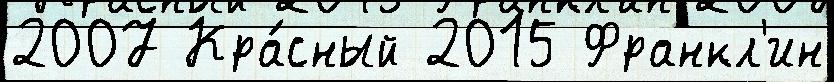
2007 Кра́сный 2015 Франкл'ин